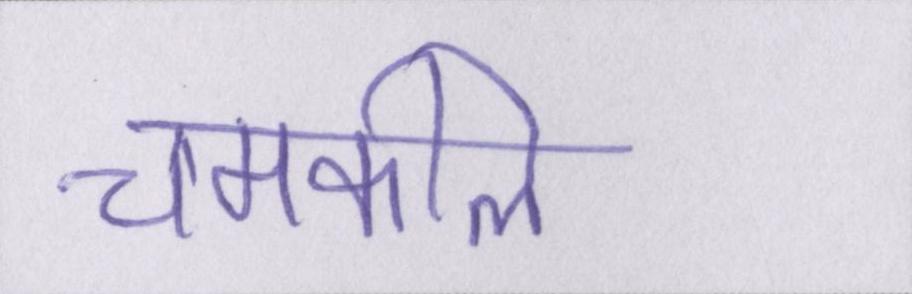
चमकीले